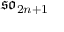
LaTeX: { \mathfrak { s o } } _ { 2 n + 1 }